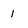
Character: 1